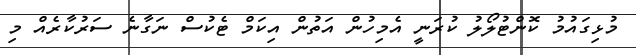
މުޅިގައުމު ކޮންޓުލޯލު ކުރަނީ އެމިހުން އަތުން އިކަމް ޓެކުސް ނަގާނެ ސަރުކާރެއް މި